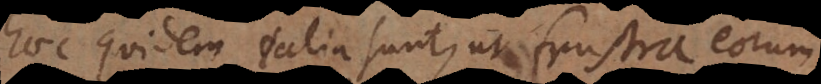
haec quidem talia sunt, ut frustra eorum